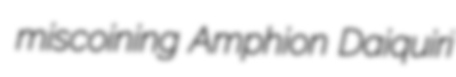
miscoining Amphion Daiquiri